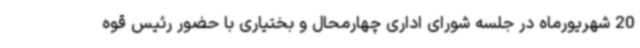
20 شهریورماه در جلسه شورای اداری چهارمحال و بختیاری با حضور رئیس قوه